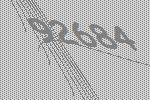
92684